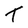
Character: T